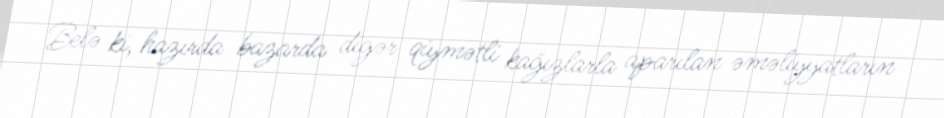
Belə ki, hazırda bazarda digər qiymətli kağızlarla aparılan əməliyyatların